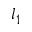
l _ { 1 }